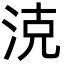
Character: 㳳